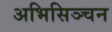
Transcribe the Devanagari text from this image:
अभिसिञ्चन